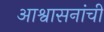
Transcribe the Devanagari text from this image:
आश्वासनांची